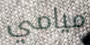
ميامي